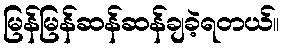
မြန်မြန်ဆန်ဆန်ချခဲ့ရတယ်။